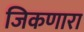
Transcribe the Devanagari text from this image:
जिकणारा